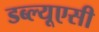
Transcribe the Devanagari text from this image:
डब्ल्यूएसी